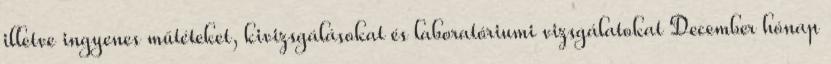
illetve ingyenes műtéteket, kivizsgálásokat és laboratóriumi vizsgálatokat December hónap